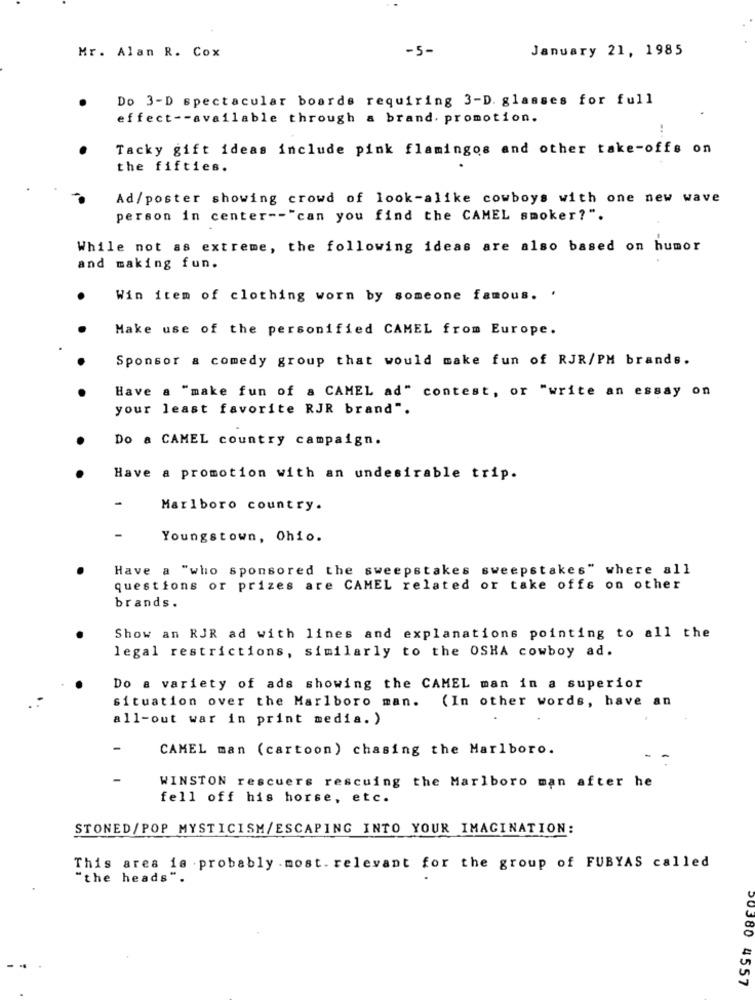
-5-
January 21, 1985
Mr. Alan R. Cox
Do 3-D spectacular boards requiring 3-D. glasses for full
effect -- available through a brand. promotion.
Tacky gift ideas include pink flamingos and other take-offs on
the fifties.
Ad/poster showing crowd of look-alike cowboys with one new wave
person in center -- "can you find the CAMEL smoker?".
While not as extreme, the following ideas are also based on humor
and making fun.
Win item of clothing worn by someone famous. '
Make use of the personified CAMEL from Europe.
Sponsor & comedy group that would make fun of RJR/PM brands.
Have a "make fun of a CAMEL ad" contest, or "write an essay on
your least favorite RJR brand".
Do a CAMEL country campaign.
Have a promotion with an undesirable trip.
Marlboro country.
Youngstown, Ohio.
Have a "who sponsored the sweepstakes sweepstakes" where all
questions or prizes are CAMEL related or take offs on other
brands.
Show an RJR ad with lines and explanations pointing to all the
legal restrictions, similarly to the OSHA cowboy ad.
Do a variety of ads showing the CAMEL man in a superior
situation over the Marlboro man. (In other words, have an
all-out war in print media. )
-
CAMEL man (cartoon) chasing the Marlboro.
- -
-
WINSTON rescuers rescuing the Marlboro man after he
fell off his horse, etc.
STONED/POP MYSTICISM/ESCAPING INTO YOUR IMAGINATION:
This area is probably .most. relevant for the group of FUBYAS called
"the heads",
50380 4557